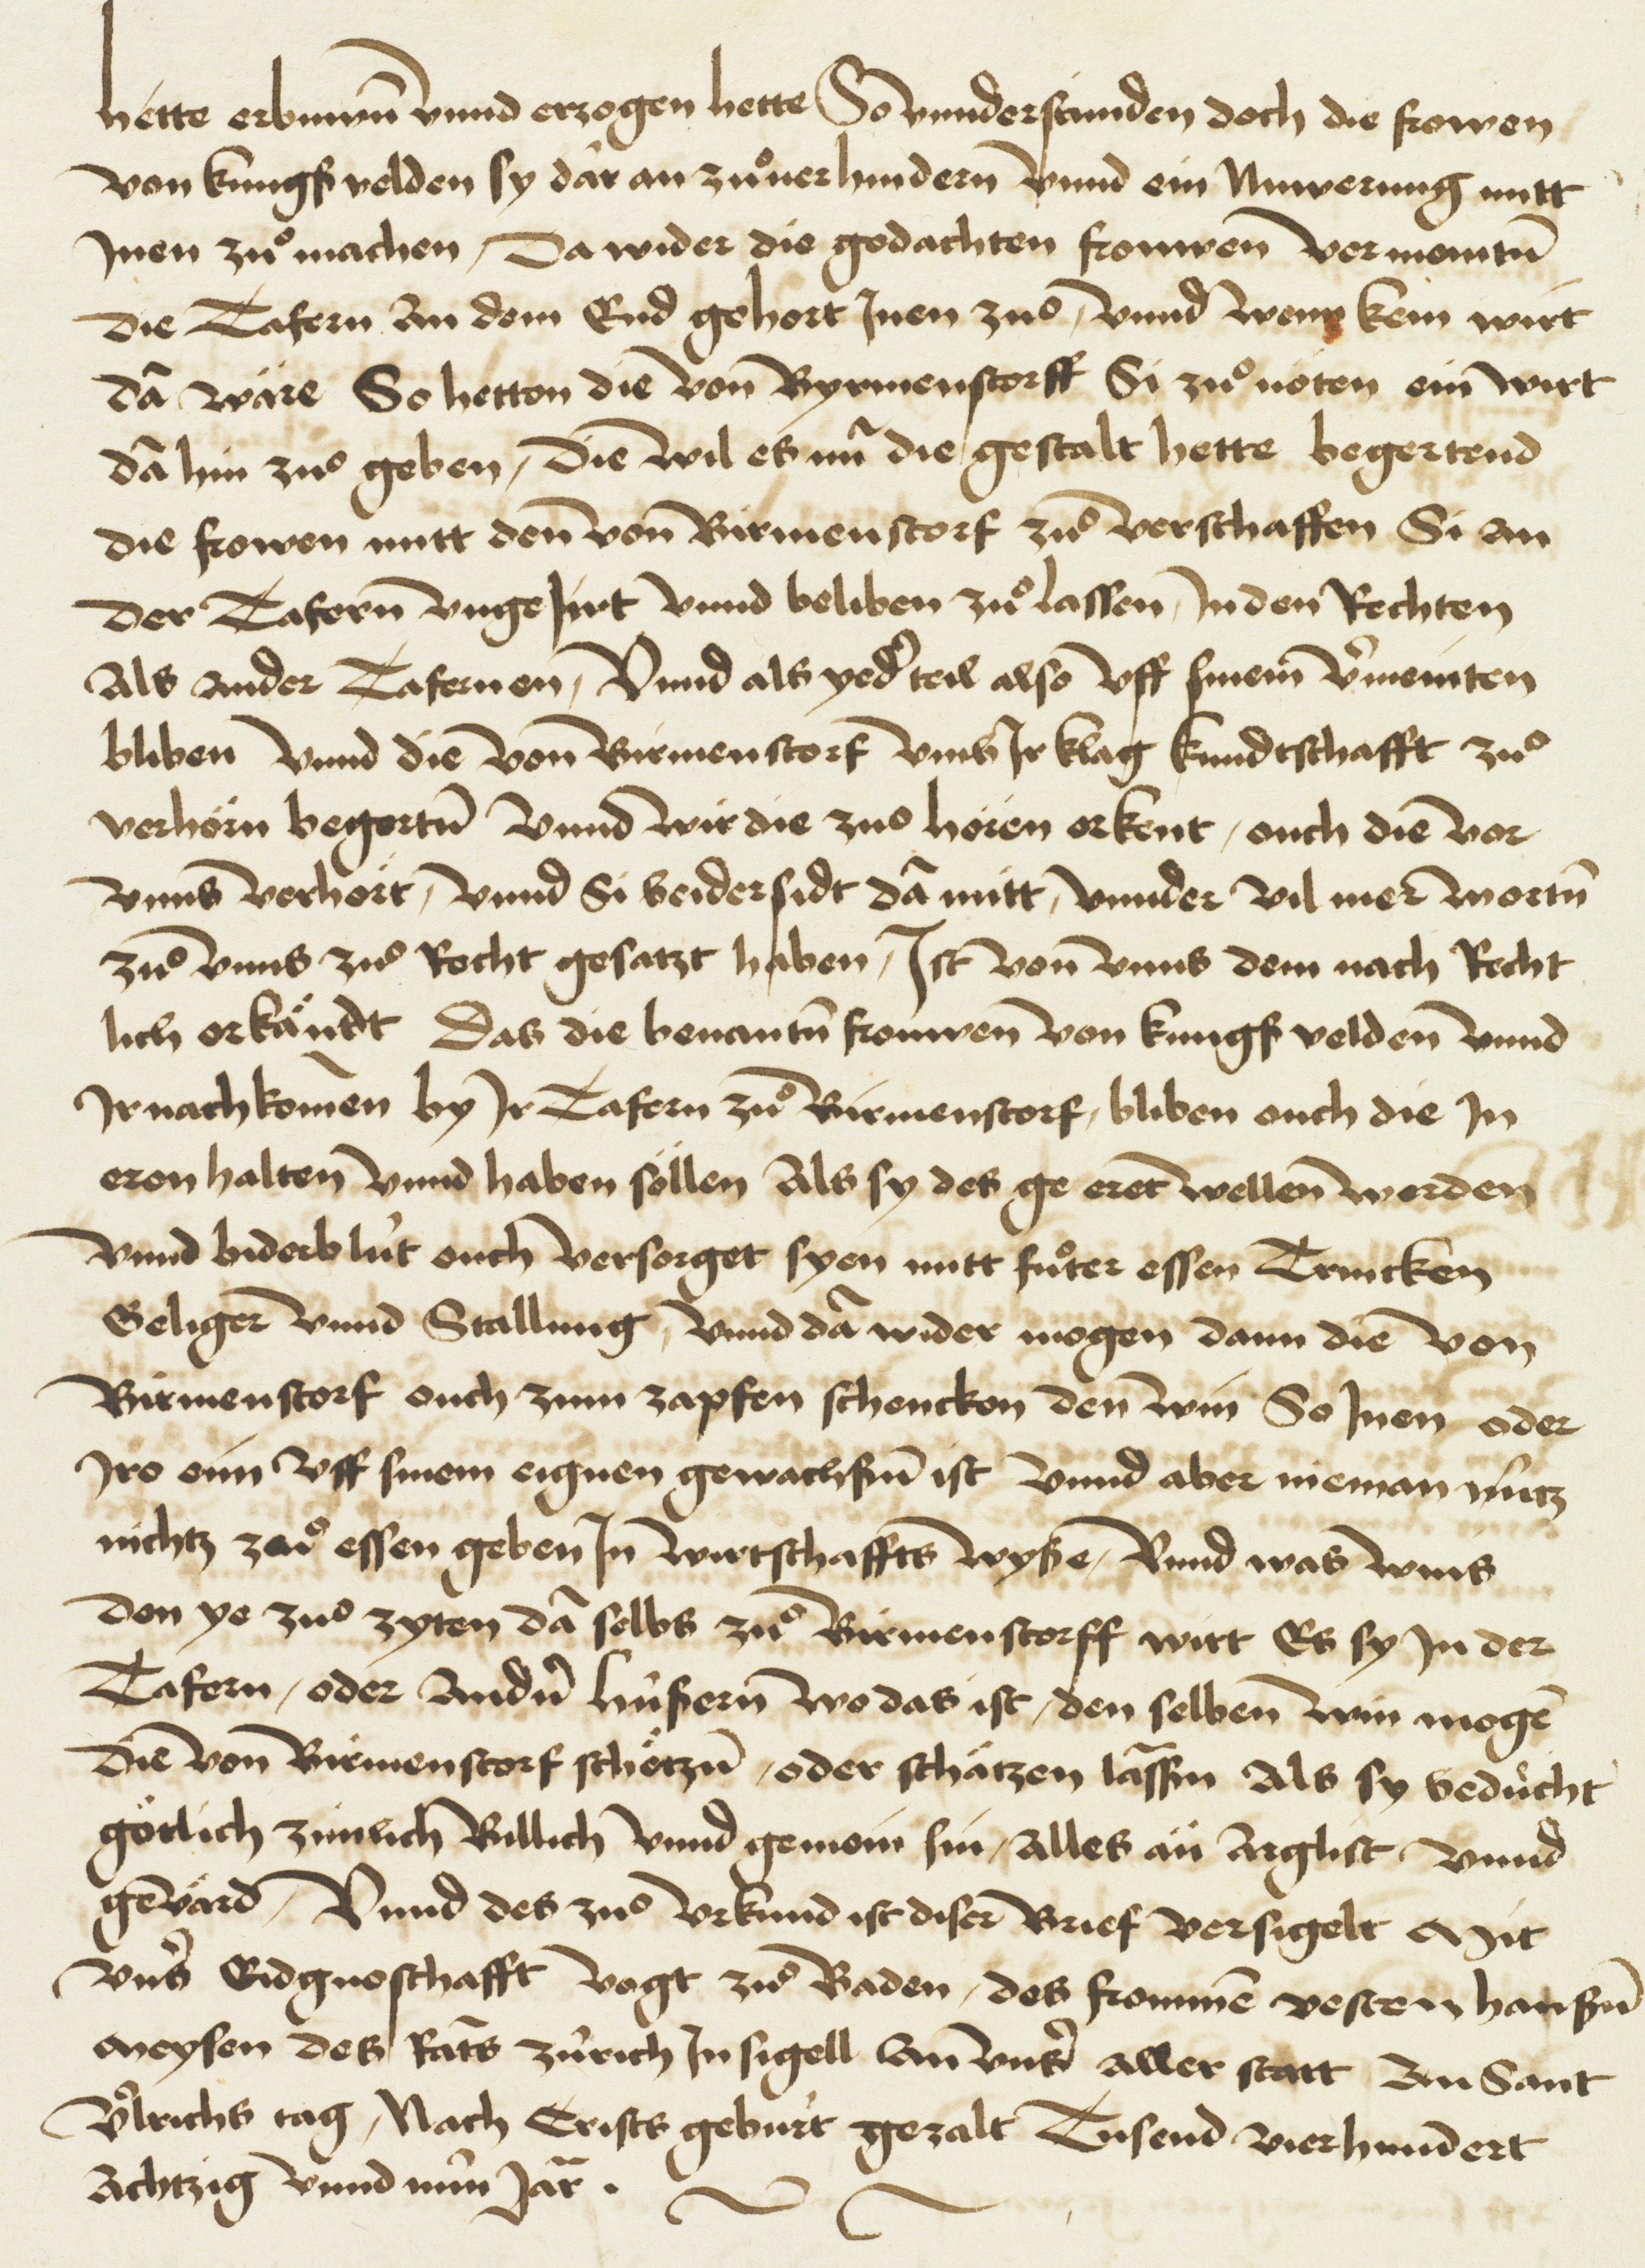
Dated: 1404–1500